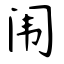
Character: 闱